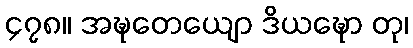
၄၇၈။ အဍ္ဎတေယျော ဒိယဍ္ဎော တု၊